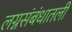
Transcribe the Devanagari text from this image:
लग्नसंबंधातली